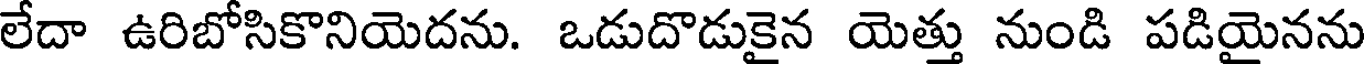
లేదా ఉరిబోసికొనియెదను. ఒడుదొడుకైన యెత్తు నుండి పడియైనను